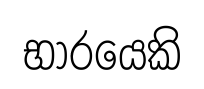
භාරයෙකි